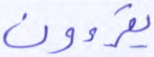
يقرءون